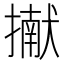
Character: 擜